Vaccination in Burma 1900-1911 - 1900-1911
Year: 1900
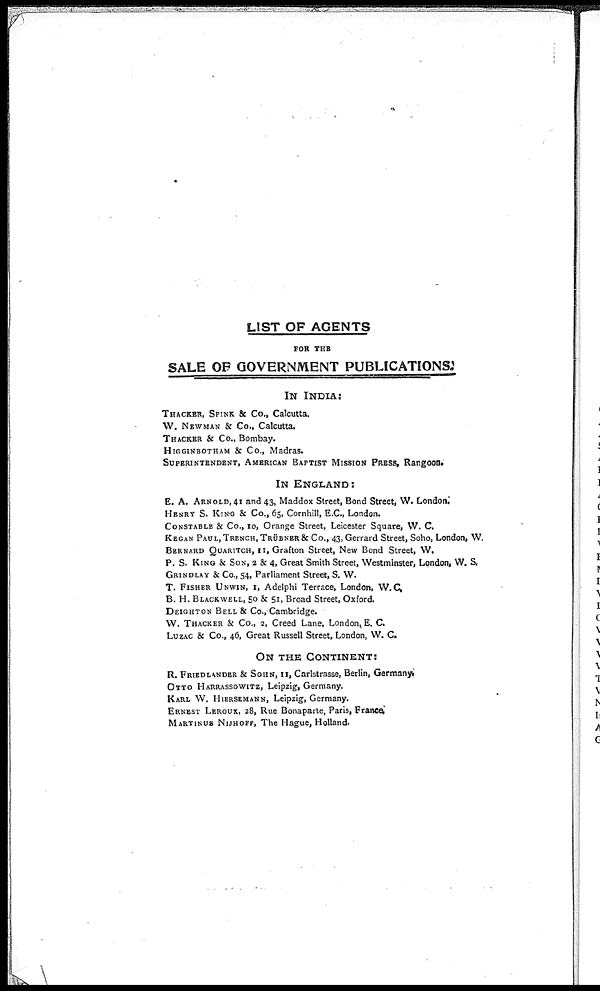
LIST OF AGENTS
FOR THE
SALE OF GOVERNMENT PUBLICATIONS:
IN INDIA:
THACKER, SPINK & Co., Calcutta.
W. NEWMAN & Co., Calcutta.
THACKER & Co., Bombay.
HIGGINBOTHAM & Co., Madras.
SUPERINTENDENT, AMERICAN BAPTIST MISSION PRESS, Rangoon.
IN ENGLAND:
E. A. ARNOLD, 41 and 43, Maddox Street, Bond Street, W. London.
HENRY S. KING & Co., 65, Cornhill, E.C., London.
CONSTABLE & Co., 10, Orange Street, Leicester Square, W. C.
KEGAN PAUL, TRENCH, TRÜBNER & CO., 43, Gerrard Street, Soho, London, W.
BERNARD QUARITCH, 11, Grafton Street, New Bond Street, W.
P. S. KING & SON, 2 & 4, Great Smith Street, Westminster, London, W. S.
GRINDLAY & Co., 54, Parliament Street, S. W.
T. FISHER UNWIN, 1, Adelphi Terrace, London, W.C.
B. H. BLACKWELL, 50 & 51, Broad Street, Oxford.
DEIGHTON BELL & Co., Cambridge.
W. THACKER & Co., 2, Creed Lane, London, E. C.
LUZAC & Co., 46, Great Russell Street, London, W. C.
ON THE CONTINENT:
R. FRIEDLANDER & SOHN, 11, Carlstrasse, Berlin, Germany.
OTTO HARRASSOWITZ, Leipzig, Germany.
KARL W. HIERSEMANN, Leipzig, Germany.
ERNEST LEROUX, 28, Rue Bonaparte, Paris, France.
MARTINUS NIJHOFF, The Hague, Holland.